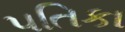
પતિકા